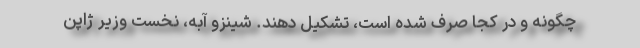
چگونه و در کجا صرف شده است، تشکیل دهند. شینزو آبه، نخست وزیر ژاپن